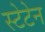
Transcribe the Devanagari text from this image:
स्टेटेन